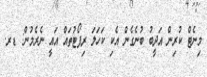
މިނެޓް ކުރިން އަދީބު ބުނެގެން އެކި ކަހަލަ ރިޕޯޓުތައް އައީ ނެރެމުން: ޑރ.